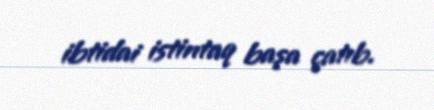
ibtidai istintaq başa çatıb.